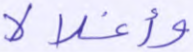
وأغلالا